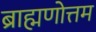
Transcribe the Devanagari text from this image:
ब्राह्मणोत्तम